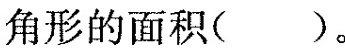
角形的面积()。